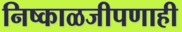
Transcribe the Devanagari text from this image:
निष्काळजीपणाही